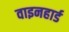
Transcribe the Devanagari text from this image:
वाइनहार्ड